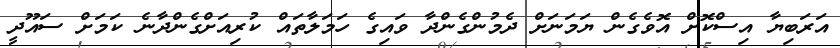
އަރަބިޔާ އިސްކޮށް އޮވެގެން ޔަމަނަށް ދެމުންގެންދާ ވައިގެ ހަމަލާތައް ކުރިއަށްގެންދާނެ ކަމަށް ސައޫދީ